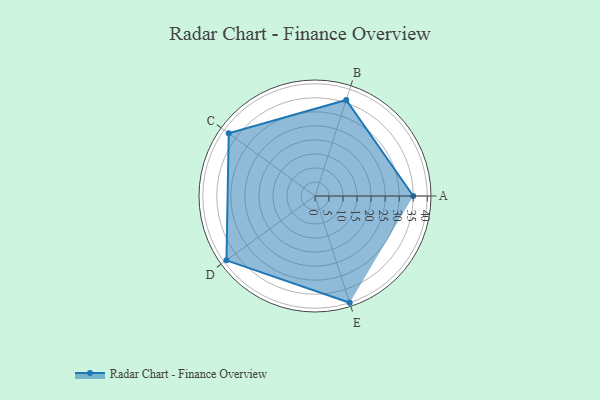
{"axis": {"x": "Skill", "y": "Score"}, "legend": ["Profile"], "data": [{"x": "A", "y": 35.0, "type": "Profile"}, {"x": "B", "y": 36.0, "type": "Profile"}, {"x": "C", "y": 38.0, "type": "Profile"}, {"x": "D", "y": 39.0, "type": "Profile"}, {"x": "E", "y": 40.0, "type": "Profile"}]}